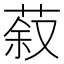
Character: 𮏽